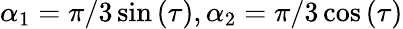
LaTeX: \alpha_{1}=\pi/3\sin{(\tau)},\alpha_{2}=\pi/3\cos{(\tau)}